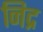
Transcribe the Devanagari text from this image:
निद्र